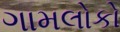
ગામલોકો